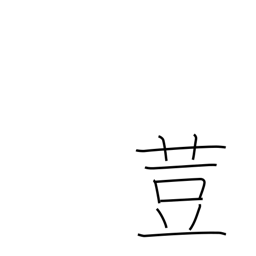
Meaning: nutmeg